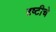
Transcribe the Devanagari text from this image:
द्द्ष्टीचे